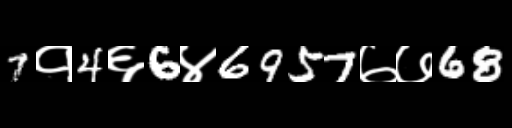
Text: 7१4६6४6957७७68